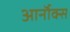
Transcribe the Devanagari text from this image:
आर्नॉक्स